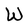
Character: W